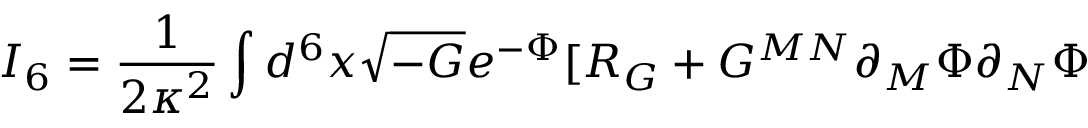
I _ { 6 } = \frac { 1 } { 2 \kappa ^ { 2 } } \int d ^ { 6 } x \sqrt { - G } e ^ { - \Phi } [ R _ { G } + G ^ { M N } \partial _ { M } \Phi \partial _ { N } \Phi